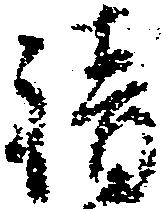
請